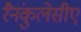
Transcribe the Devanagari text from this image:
रैनंकुलेसीए